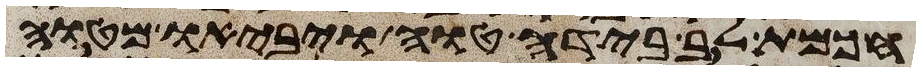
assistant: חכמת לב בידה טוה ויביאו מטוה